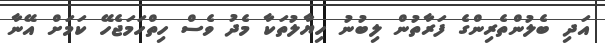
އަދި ބެލުންތެރިންގެ ފަރާތުން ލިބުނު ހިޔާލުތަކާ މެދު ވެސް ހިތްހަމަޖެހޭ ކަމަށް އޭނާ